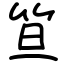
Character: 笪